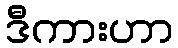
ဒီကားဟာ